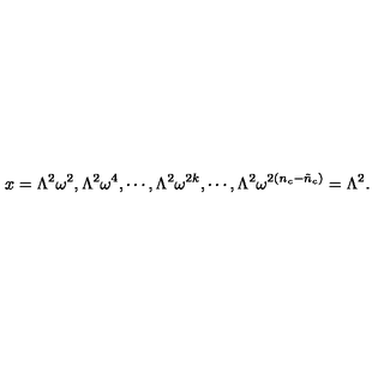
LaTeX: x = \Lambda ^ { 2 } \omega ^ { 2 } , \Lambda ^ { 2 } \omega ^ { 4 } , \cdots , \Lambda ^ { 2 } \omega ^ { 2 k } , \cdots , \Lambda ^ { 2 } \omega ^ { 2 ( n _ { c } - \tilde { n } _ { c } ) } = \Lambda ^ { 2 } .